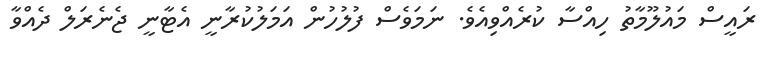
ރައީސް މައުލޫމާތު ހިއްސާ ކުރެއްވިއެވެ. ނަމަވެސް ފުލުހުން އަމަލުކުރާނީ އެޓާނީ ޖެނެރަލް ދެއްވާ